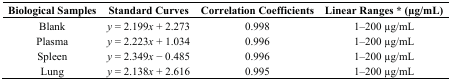
<table><thead><tr><td><b>Biological Samples</b></td><td><b>Standard Curves</b></td><td><b>Correlation Coefficients</b></td><td><b>Linear Ranges * (μg/mL)</b></td></tr></thead><tbody><tr><td>Blank</td><td><i>y</i> = 2.199<i>x</i> + 2.273</td><td>0.998</td><td>1–200 μg/mL</td></tr><tr><td>Plasma</td><td><i>y</i> = 2.223<i>x</i> + 1.034</td><td>0.996</td><td>1–200 μg/mL</td></tr><tr><td>Spleen</td><td><i>y</i> = 2.349<i>x</i> − 0.485</td><td>0.996</td><td>1–200 μg/mL</td></tr><tr><td>Lung</td><td><i>y</i> = 2.138<i>x</i> + 2.616</td><td>0.995</td><td>1–200 μg/mL</td></tr></tbody></table>